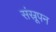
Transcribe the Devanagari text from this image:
संस्रूपन